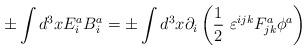
LaTeX: \begin{align*}\pm \int d^3xE_i^aB^a_i=\pm \int d^3x\partial_i\left(\frac{1}{2}\ \varepsilon^{ijk}F_{jk}^a\phi^a\right)\end{align*}